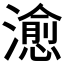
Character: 𤀒